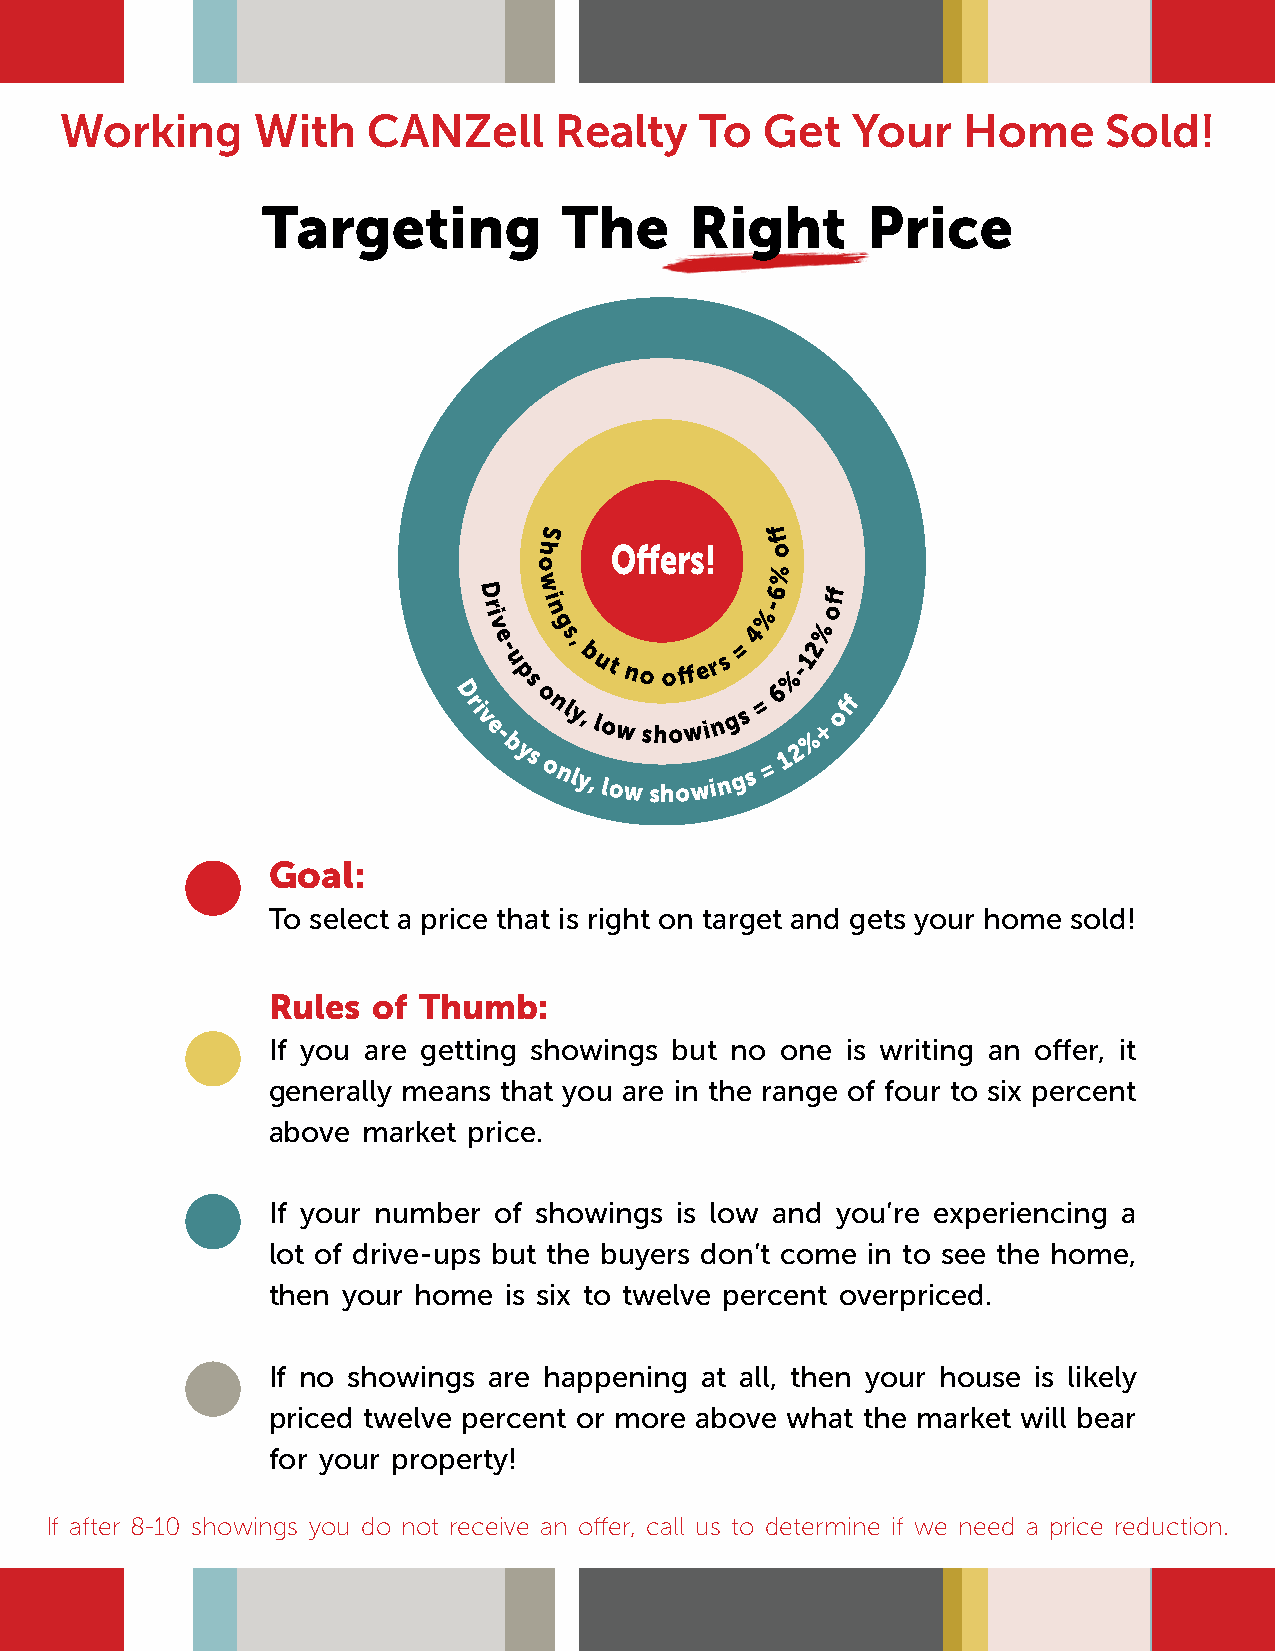
Working      With   CANZell      Realty   To   Get  Your    Home     Sold!
 Targeting           The      Right      Price
 S              ff
 h    Offers!    o
 o
 %
 w
 D                  6   ff
 r
 i
 v
 i n
 g
 4%-
 %
 o
 e - u p s, b ut no off e r s = %-12
 s
 6
 D ri
 v e
 -
 o nly,
 low showi n g s
 =
 %
 + o
 ff
 b ys
 only, low showi n g s =
 1 2
 Goal:
 To select a price that is right on target and gets your home sold!
 Rules  of Thumb:
 If you are getting showings but no one is writing an offer, it
 generally means that you are in the range of four to six percent
 above market price.
 If your number of showings is low and you’re experiencing a
 lot of drive-ups but the buyers don’t come in to see the home,
 then your home is six to twelve percent overpriced.
 If no showings are happening at all, then your house is likely
 priced twelve percent or more above what the market will bear
 for your property!
 If after 8-10 showings you do not receive an offer, call us to determine if we need a price reduction.